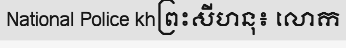
National Police khព្រះសីហនុ៖ លោក